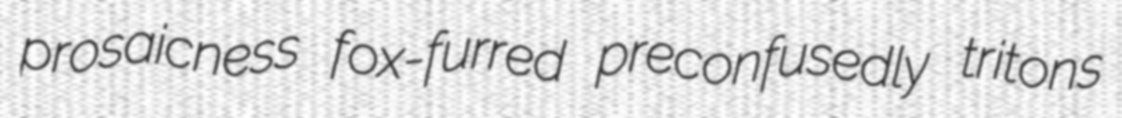
prosaicness fox-furred preconfusedly tritons